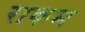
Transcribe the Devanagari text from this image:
राकम